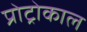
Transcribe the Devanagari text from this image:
प्रोट्रोकाल